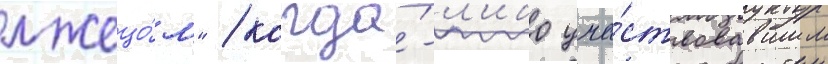
лжецо́м" / когда́-л'ибо уча́ствовавшим